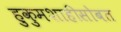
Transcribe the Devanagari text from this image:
हुकुमशाहीसोबत